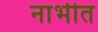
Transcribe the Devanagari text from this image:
नाभीत